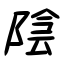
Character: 陰